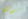
سوف